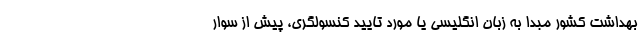
بهداشت کشور مبدا به زبان انگلیسی یا مورد تایید کنسولگری، پیش از سوار